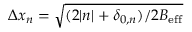
\Delta x _ { n } = \sqrt { ( 2 | n | + \delta _ { 0 , n } ) / 2 B _ { \mathrm { e f f } } }